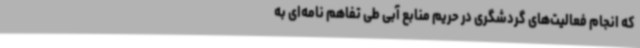
که انجام فعالیت‌های گردشگری در حریم منابع آبی طی تفاهم نامه‌ای به